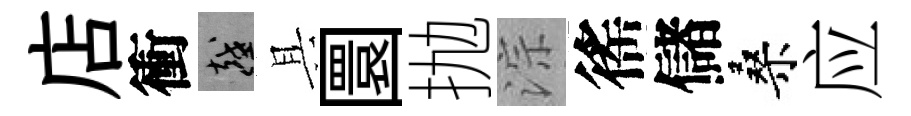
店衝越具圜抛淙徭儲桑应